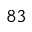
^ { 8 3 }